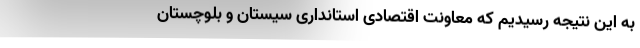
به این نتیجه رسیدیم که معاونت اقتصادی استانداری سیستان و بلوچستان